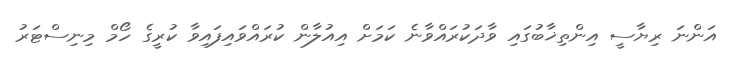
އަންނަ ރިޔާސީ އިންތިޚާބުގައި ވާދަކުރައްވާނެ ކަމަށް އިއުލާން ކުރައްވައިފައިވާ ކުރީގެ ހޯމް މިނިސްޓަރު